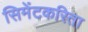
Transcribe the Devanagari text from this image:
सिमेंटकरिता